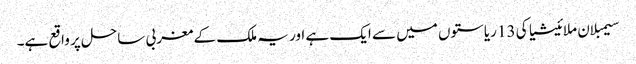
سیمبلان ملائیشیا کی 13 ریاستوں میں سے ایک ہے اور یہ ملک کے مغربی ساحل پر واقع ہے۔